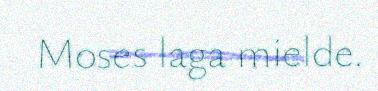
Moses laga mielde.